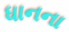
ધાનના